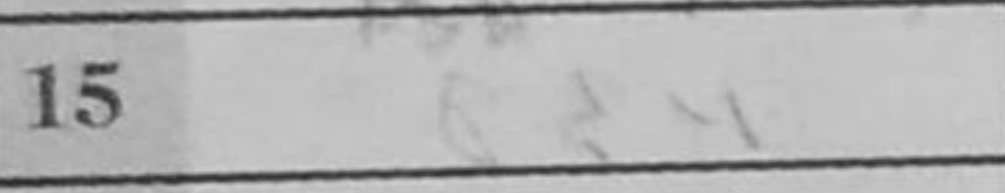
Transcription: Bd4